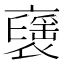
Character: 𧝾